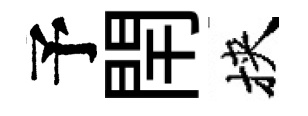
予閈挾